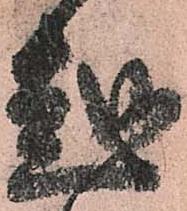
越